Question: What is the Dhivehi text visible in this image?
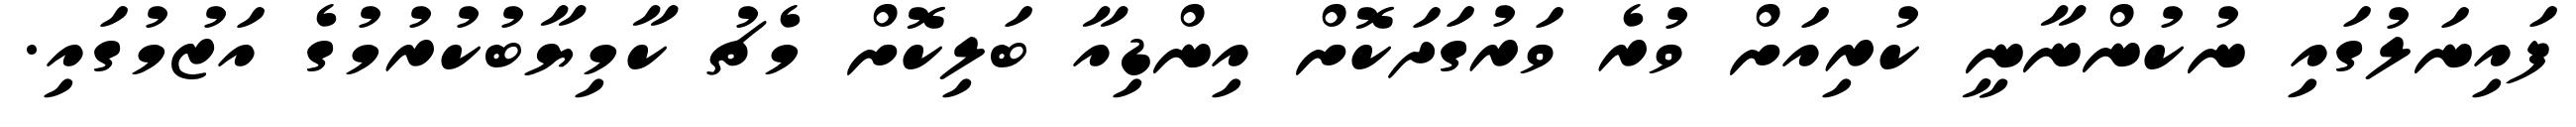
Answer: ފައިނަލުގައި ނުކުންނާނީ ކުރިއަށް ވުރެ ވަރުގަދަކޮށް އިންޑިއާ ބަލިކޮށް މެޗު ކާމިޔާބުކުރުމުގެ އަޒުމުގައި.